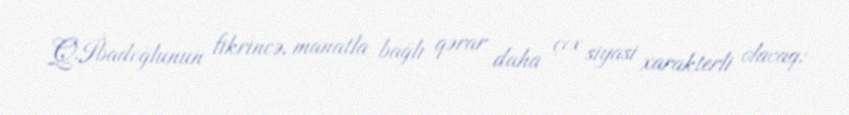
Q.İbadoğlunun fikrincə, manatla bağlı qərar daha çox siyasi xarakterli olacaq: